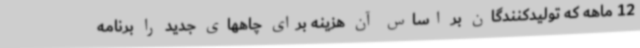
12 ماهه که تولیدکنندگان بر اساس آن هزینه برای چاههای جدید را برنامه